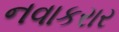
નવાકરાર